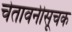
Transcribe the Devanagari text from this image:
चेतावनीसूचक